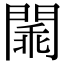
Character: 𨵞